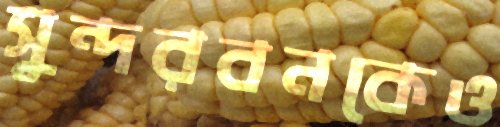
সুন্দরবনকেও